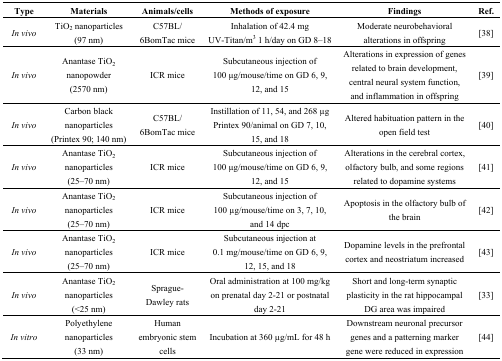
<table><thead><tr><td><b>Type</b></td><td><b>Materials</b></td><td><b>Animals/cells</b></td><td><b>Methods of exposure</b></td><td><b>Findings</b></td><td><b>Ref.</b></td></tr></thead><tbody><tr><td><i>In vivo</i></td><td>TiO<sub>2</sub> nanoparticles (97 nm)</td><td>C57BL/6BomTac mice</td><td>Inhalation of 42.4 mg UV-Titan/m<sup>3</sup> 1 h/day on GD 8–18</td><td>Moderate neurobehavioral alterations in offspring</td><td>[38]</td></tr><tr><td><i>In vivo</i></td><td>Anantase TiO<sub>2</sub> nanopowder (2570 nm)</td><td>ICR mice</td><td>Subcutaneous injection of 100 μg/mouse/time on GD 6, 9, 12, and 15</td><td>Alterations in expression of genes related to brain development, central neural system function, and inflammation in offspring</td><td>[39]</td></tr><tr><td><i>In vivo</i></td><td>Carbon black nanoparticles (Printex 90; 140 nm)</td><td>C57BL/6BomTac mice</td><td>Instillation of 11, 54, and 268 μg Printex 90/animal on GD 7, 10, 15, and 18</td><td>Altered habituation pattern in the open field test</td><td>[40]</td></tr><tr><td><i>In vivo</i></td><td>Anantase TiO<sub>2</sub> nanoparticles (25–70 nm)</td><td>ICR mice</td><td>Subcutaneous injection of 100 μg/mouse/time on GD 6, 9, 12, and 15</td><td>Alterations in the cerebral cortex, olfactory bulb, and some regions related to dopamine systems</td><td>[41]</td></tr><tr><td><i>In vivo</i></td><td>Anantase TiO<sub>2</sub> nanoparticles (25–70 nm)</td><td>ICR mice</td><td>Subcutaneous injection of 100 μg/mouse/time on 3, 7, 10, and 14 dpc</td><td>Apoptosis in the olfactory bulb of the brain</td><td>[42]</td></tr><tr><td><i>In vivo</i></td><td>Anantase TiO<sub>2</sub> nanoparticles (25–70 nm)</td><td>ICR mice</td><td>Subcutaneous injection at 0.1 mg/mouse/time on GD 6, 9, 12, 15, and 18</td><td>Dopamine levels in the prefrontal cortex and neostriatum increased</td><td>[43]</td></tr><tr><td><i>In vivo</i></td><td>Anantase TiO<sub>2</sub> nanoparticles (&lt;25 nm)</td><td>Sprague-Dawley rats</td><td>Oral administration at 100 mg/kg on prenatal day 2–21 or postnatal day 2–21</td><td>Short and long-term synaptic plasticity in the rat hippocampal DG area was impaired</td><td>[33]</td></tr><tr><td><i>In vitro</i></td><td>Polyethylene nanoparticles (33 nm)</td><td>Human embryonic stem cells</td><td>Incubation at 360 μg/mL for 48 h</td><td>Downstream neuronal precursor genes and a patterning marker gene were reduced in expression</td><td>[44]</td></tr></tbody></table>